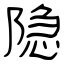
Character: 隐